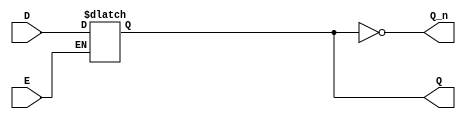
module async_gated_latch (
    input wire D,        // Data input
    input wire E,        // Enable signal
    output reg Q,        // Output
    output wire Q_n      // Inverted output
);

    // Inverted output 
    assign Q_n = ~Q;

    // Always block to implement the latch behavior
    always @(*) begin
        if (E) begin
            // When Enable is HIGH, Q follows D
            Q = D;
        end
        // When Enable is LOW, Q retains its state (no assignment needed)
    end

    // Initial block for defining the initial state of Q
    initial begin
        Q = 1'b0; // Initial state can be set to 0 or 1 as needed
    end

endmodule